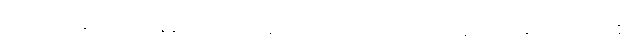
အထ ခေါ၊ ထိုအခါ၌။ တဏှာ စ၊ တဏှာသည်လည်းကောင်း။ အရတိ စ၊